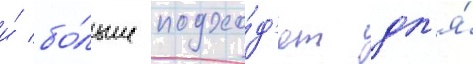
и́ бо́льше подхо́д'ят дл'я́